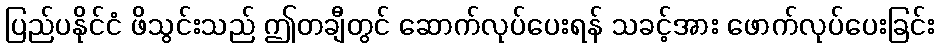
ပြည်ပနိုင်ငံ ဖိသွင်းသည် ဤတချီတွင် ဆောက်လုပ်ပေးရန် သခင့်အား ဖောက်လုပ်ပေးခြင်း